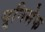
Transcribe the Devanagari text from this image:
यूनिसेेफ